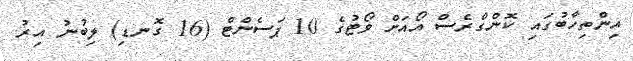
އިންތިހާބުގައި ކޮންގްރެސް އޯއަށް ވޯޓުގެ 10 ޕަސެންޓް (16 ގޮނޑި) ލިބުނު އިރު